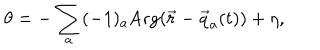
\theta = - \sum _ { a } ( - 1 ) _ { a } \mathrm { A r g } ( \vec { r } - \vec { q } _ { a } ( t ) ) + \eta ,